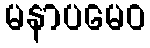
မနာပမေဝ